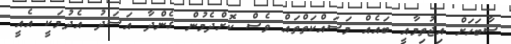
ސާބަހަށް އިޖުތިމާއީ ބައެއް މަސައްކަތްތައް ވެސް ކޮށްދެމުން ގެންދާ އަސަދު އެދުމަކީ އެއީ